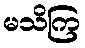
မသိကြ